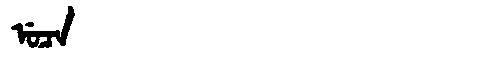
Manchu: ᡠᠴᠠ
Romanization: UCA